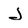
Character: J